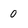
Character: o